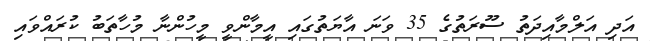
އަދި އަލްމާއިދަތު ސޫރަތުގެ 35 ވަނަ އާޔަތުގައި އީމާންވީ މީހުންނާ މުހާތަބު ކުރައްވައި